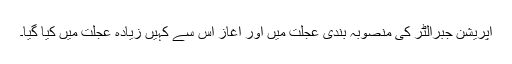
آپریشن جبرالٹر کی منصوبہ بندی عجلت میں اور آغاز اس سے کہیں زیادہ عجلت میں کیا گیا۔